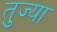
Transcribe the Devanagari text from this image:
तुज्या